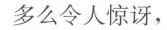
多么令人惊讶，